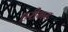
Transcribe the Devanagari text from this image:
हरीभट